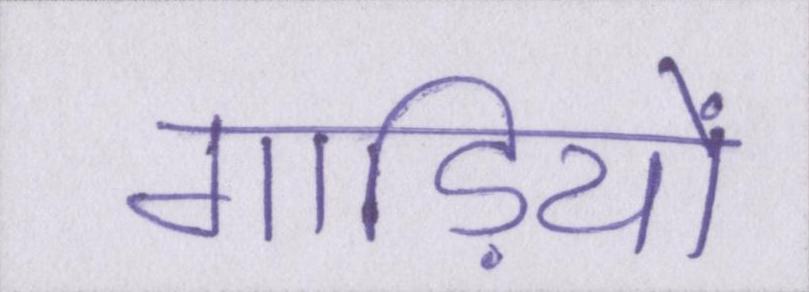
गाड़ियों